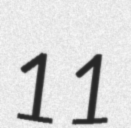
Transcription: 11